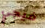
فيجي